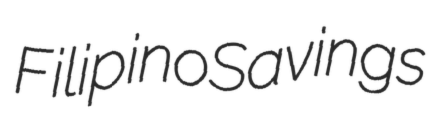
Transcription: Filipino Savings